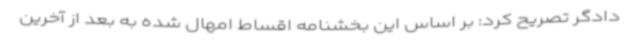
دادگر تصریح کرد: بر اساس این بخشنامه اقساط امهال‌ شده به بعد از آخرین